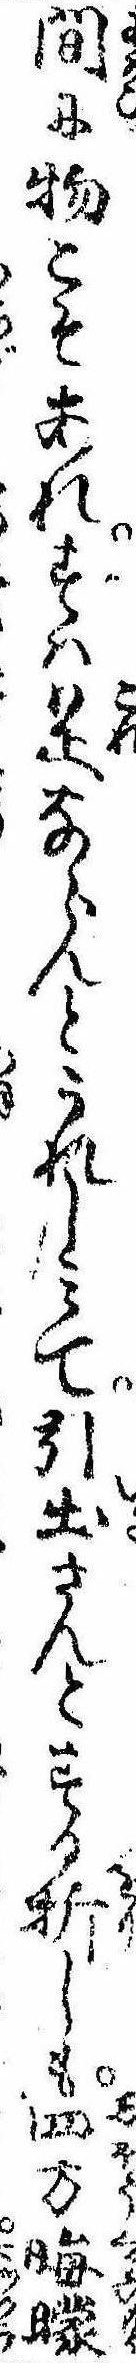
間に物こそあれすは是ならんとうれしみて引出さんとする折しも四方晦曚